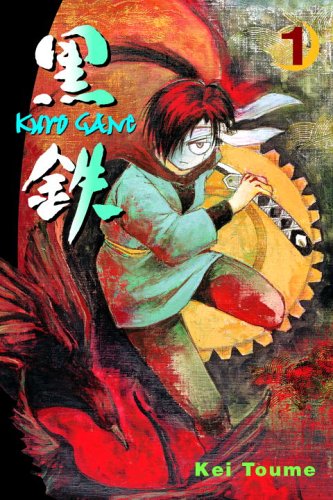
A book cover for Kurogane, Vol. 1; Kei Toume; Teen & Young Adult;